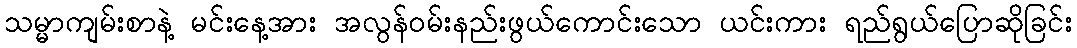
သမ္မာကျမ်းစာနဲ့ မင်းနေ့အား အလွန်ဝမ်းနည်းဖွယ်ကောင်းသော ယင်းကား ရည်ရွယ်ပြောဆိုခြင်း